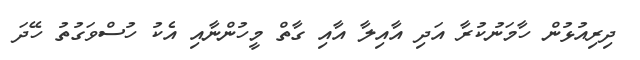
ދިރިއުޅުން ހާމަނުކުރާ އަދި އާއިލާ އާއި ގާތް މީހުންނާއި އެކު ހުސްވަގުތު ހޭދަ